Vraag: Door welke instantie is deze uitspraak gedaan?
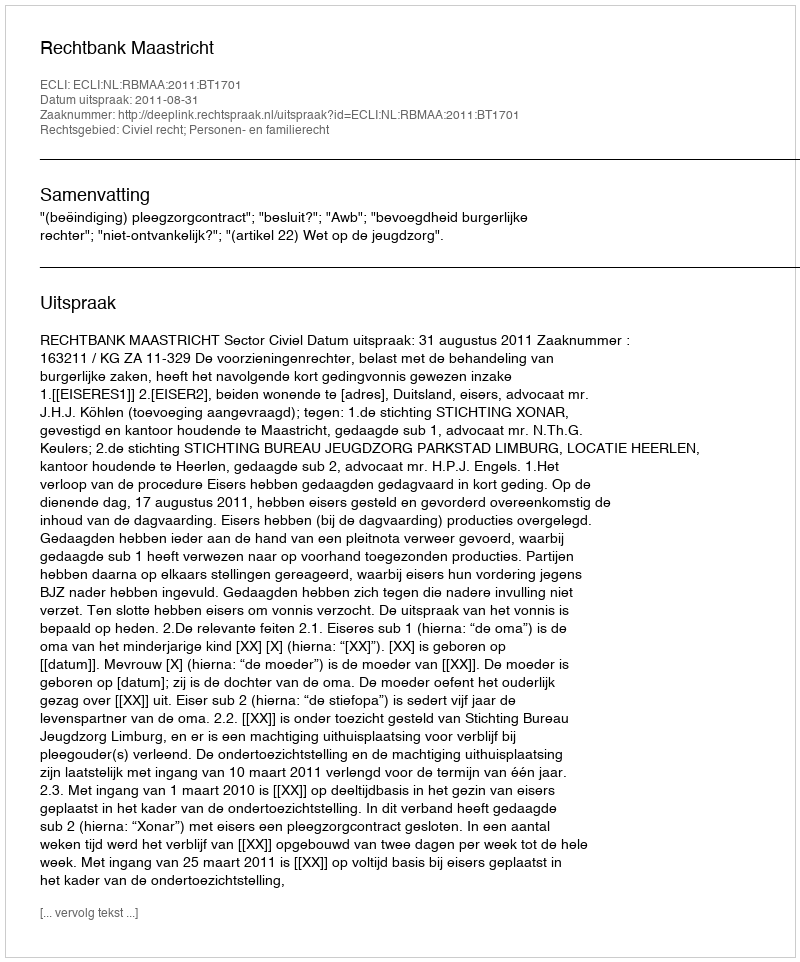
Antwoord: Rechtbank Maastricht